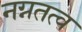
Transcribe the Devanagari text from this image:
नग्नतत्व